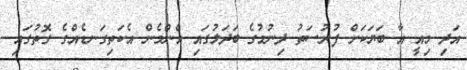
އަދި މިއީ އާ ބަޔަކަށް ފުރުސަތު ދިނުމުގެ ބަދަލުގައި އެންމެން އެކަތިގަނޑެއްގެ ގޮތުގައި